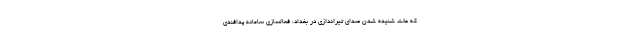
که علت شنیده شدن صدای تیراندازی در بغداد، فعالسازی سامانه پدافندی